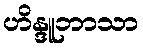
ဟိန္ဒူဘာသာ